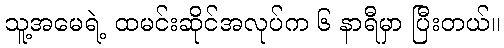
သူ့အမေရဲ့ ထမင်းဆိုင်အလုပ်က ၆ နာရီမှာ ပြီးတယ်။